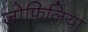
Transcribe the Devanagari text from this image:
जोफिलिया